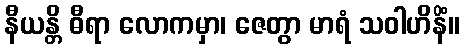
နီယန္တိ ဓီရာ လောကမှာ၊ ဇေတွာ မာရံ သဝါဟိနိံ။